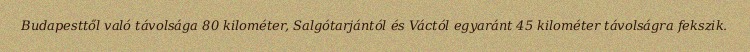
Budapesttől való távolsága 80 kilométer, Salgótarjántól és Váctól egyaránt 45 kilométer távolságra fekszik.